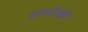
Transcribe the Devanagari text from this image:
हानॉप्शी